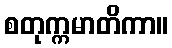
စတုက္ကမာတိကာ။